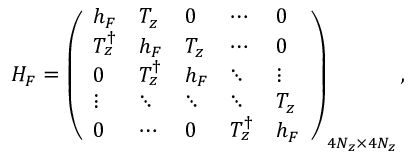
\begin{array} { r } { { \cal H } _ { F } = \left( \begin{array} { l l l l l } { h _ { F } } & { T _ { z } } & { 0 } & { \cdots } & { 0 } \\ { T _ { z } ^ { \dagger } } & { h _ { F } } & { T _ { z } } & { \cdots } & { 0 } \\ { 0 } & { T _ { z } ^ { \dagger } } & { h _ { F } } & { \ddots } & { \vdots } \\ { \vdots } & { \ddots } & { \ddots } & { \ddots } & { T _ { z } } \\ { 0 } & { \cdots } & { 0 } & { T _ { z } ^ { \dagger } } & { h _ { F } } \end{array} \right) _ { 4 N _ { z } \times 4 N _ { z } } , } \end{array}